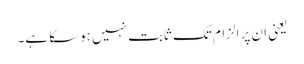
یعنی ان پر الزام تک ثابت نہیں ہوسکا ہے۔